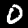
Digit: 0